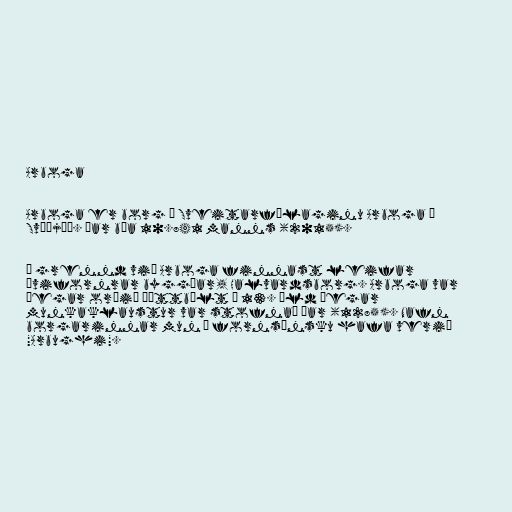
Arboga

Arboga er borg í Sveitarfélaginu Arboga í
Svíþjóð. Þar búa 10.841 manns (2015).

Í grennd við Arboga finnast leifar
ævifornrar byggðar, Halvardsborg. Arboga var
þegar orðið þéttbýlt á 13. öld þegar
munkaklaustur var stofnað þar (1285). Nafn
borgarinnar mun á fornsænsku hafa verið
"Arbughi".